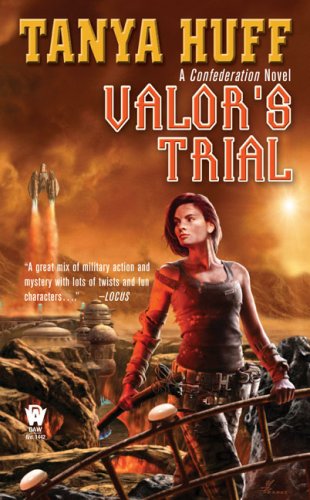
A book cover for Valor's Trial: A Confederation Novel (Valor Novel); Tanya Huff; Literature & Fiction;